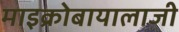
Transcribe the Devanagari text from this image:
माइक्रोबायालाजी